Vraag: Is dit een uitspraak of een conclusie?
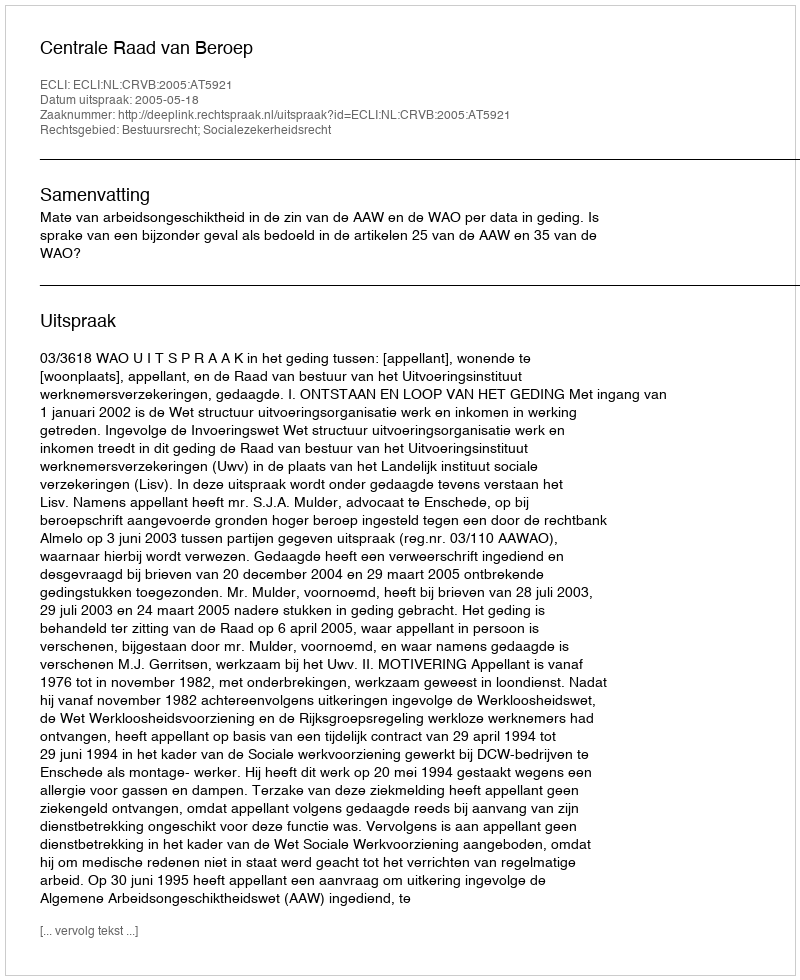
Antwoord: Uitspraak